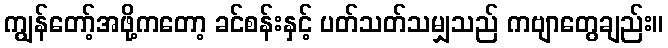
ကျွန်တော့်အဖို့ကတော့ ခင်စန်းနှင့် ပတ်သတ်သမျှသည် ကဗျာတွေချည်း။